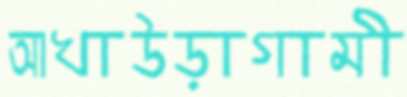
আখাউড়াগামী